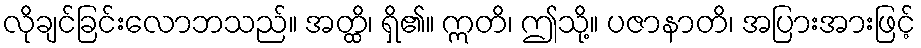
လိုချင်ခြင်းလောဘသည်။ အတ္ထိ၊ ရှိ၏။ ဣတိ၊ ဤသို့။ ပဇာနာတိ၊ အပြားအားဖြင့်